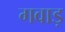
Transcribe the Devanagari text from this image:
गवाड़